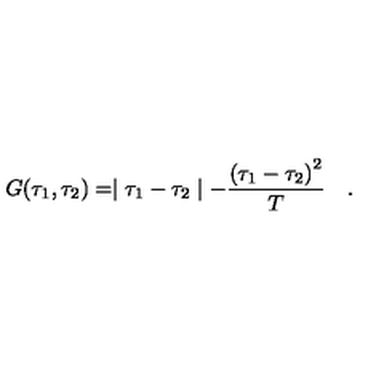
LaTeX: G ( \tau _ { 1 } , \tau _ { 2 } ) = \mid \tau _ { 1 } - \tau _ { 2 } \mid - { \frac { { ( \tau _ { 1 } - \tau _ { 2 } ) } ^ { 2 } } { T } } \quad .